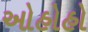
ઓહોહો